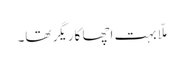
ملّا بہت اچھا کاریگر تھا۔